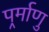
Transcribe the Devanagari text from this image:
पर्र्माणु